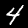
Digit: 4